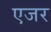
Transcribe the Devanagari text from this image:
एजर